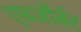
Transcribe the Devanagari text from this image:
एब्जौर्बर